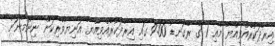
އިރާދަކުރެއްވިއްޔާ މެއި 1 ގެ ރޭގަނޑު 9:00 ގައި އިރާދަކުރެއްވިއްޔާ އަނިޔާވެރިކަން ނިންމާނަން"